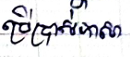
ប្រើប្រាស់ភាសា